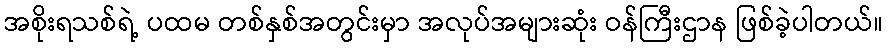
အစိုးရသစ်ရဲ့ ပထမ တစ်နှစ်အတွင်းမှာ အလုပ်အများဆုံး ဝန်ကြီးဌာန ဖြစ်ခဲ့ပါတယ်။